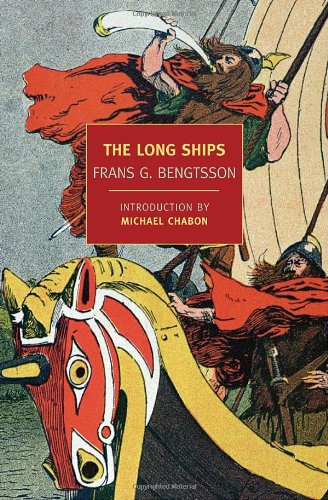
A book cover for The Long Ships (New York Review Books Classics); Frans G. Bengtsson; Literature & Fiction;